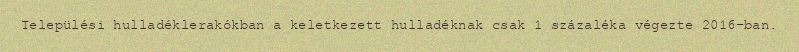
Települési hulladéklerakókban a keletkezett hulladéknak csak 1 százaléka végezte 2016-ban.